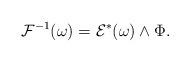
LaTeX: \begin{align*}\mathcal{F}^{-1}(\omega)=\mathcal{E}^*(\omega)\wedge \Phi. \end{align*}